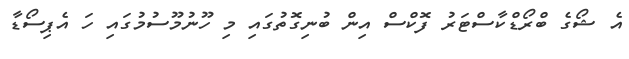
އެ ޝޯގެ ބްރޯޑްކާސްޓަރު ފޮކްސް އިން ބުނިގޮތުގައި މި ހޫނުމޫސުމުގައި ހަ އެޕިސޯޑާ